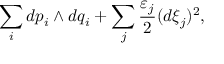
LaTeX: \sum _ { i } d p _ { i } \wedge d q _ { i } + \sum _ { j } { \frac { \varepsilon _ { j } } { 2 } } ( d \xi _ { j } ) ^ { 2 } ,